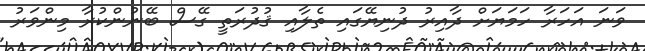
ވަނަ އަހަރާ ހަމަޔަށް ދާއިރު ދުނިޔޭގައި ތެލާއި ޤުދުރަތީ ގޭސް ބޭނުންކުރާ މިންވަރު